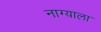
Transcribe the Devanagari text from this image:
नाग्याला